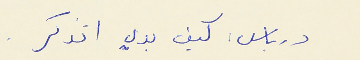
درباس : كيف بدي اتذكر .